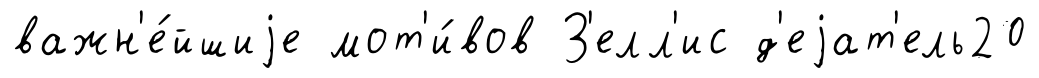
важн'е́йшиjе мот'и́вов З'елл'ис д'еjат'ель20